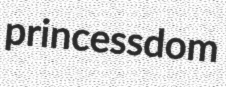
princessdom